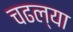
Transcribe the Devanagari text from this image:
चढल्या